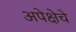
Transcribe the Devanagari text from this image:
अपेक्षेचे